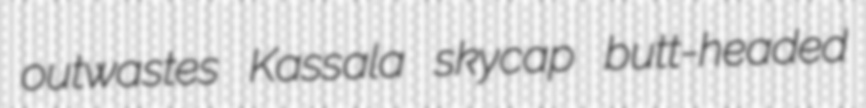
outwastes Kassala skycap butt-headed